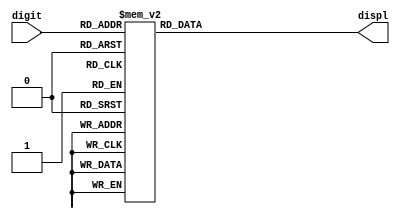
// **************************************************************************************
//	Project:	Homework 3
//  Version:	1.0
//	History:
// *************************************************************************************
module Hexdisplay (input [3:0] digit, output reg [0:6] displ);
	
	always @ (digit)
		case (digit)
		4'd0: displ = 7'b100_0000;
		4'd1: displ = 7'b111_1001;
		4'd2: displ = 7'b010_0100;
		4'd3: displ = 7'b011_0000;
		4'd4: displ = 7'b001_1001;
		4'd5: displ = 7'b001_0010;
		4'd6: displ = 7'b000_0010;
		4'd7: displ = 7'b111_1000;
		4'd8: displ = 7'b000_0000;
		4'd9: displ = 7'b001_0000;
		4'hA: displ = 7'b000_1000;
		4'hB: displ = 7'b000_0011;
		4'hC: displ = 7'b100_0110;
		4'hD: displ = 7'b010_0001;
		4'hE: displ = 7'b000_0110;
		4'hF: displ = 7'b000_1110;
			
			default: displ = 7'b1111111;
		endcase
endmodule